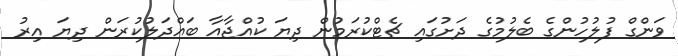
ވަންގް ފުލުހުންގެ ބެލުމުގެ ދަށުގައި ޗެޓްކުރަމުން ދިޔަ ކުއްޖާއާ ބައްދަލުކުރަން ދިޔަ އިރު